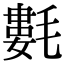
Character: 氀